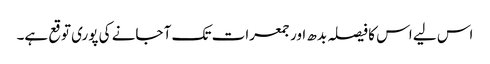
اس لیے اس کا فیصلہ بدھ اور جمعرات تک آ جانے کی پوری توقع ہے۔